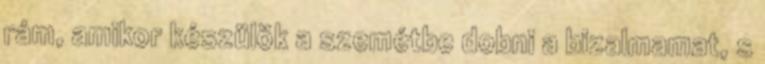
rám, amikor készülök a szemétbe dobni a bizalmamat, s